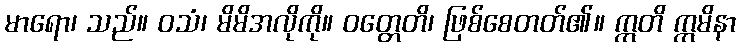
မာရော၊ သည်။ ဝသံ၊ မိမိအလိုကို။ ဝတ္တေတိ၊ ဖြစ်စေတတ်၏။ ဣတိ ဣမိနာ